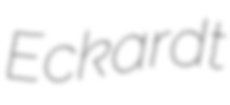
Eckardt